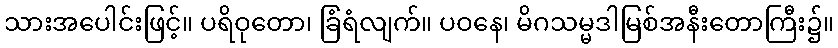
သားအပေါင်းဖြင့်။ ပရိဝုတော၊ ခြံရံလျက်။ ပဝနေ၊ မိဂသမ္မဒါမြစ်အနီးတောကြီး၌။